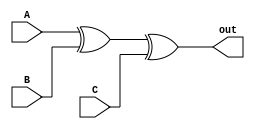
`timescale 1ns / 1ps
//////////////////////////////////////////////////////////////////////////////////
// Company: 
// Engineer: 
// 
// Design Name: 
// Module Name:    EvenParity 
// Project Name: 
// Target Devices: 
// Tool versions: 
// Description: 
//
// Dependencies: 
//
// Revision: 
// Revision 0.01 - File Created
// Additional Comments: 
//
//////////////////////////////////////////////////////////////////////////////////
module EvenParity(A,B,C,out);
input A,B,C;
output reg out;
always@(A,B,C)
begin
	out=A^B^C;
end



endmodule